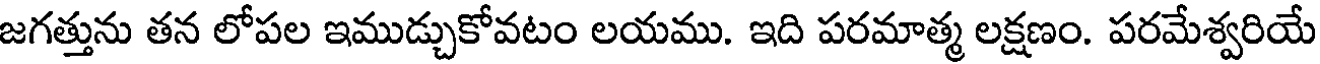
జగత్తును తన లోపల ఇముడ్చుకోవటం లయము. ఇది పరమాత్మ లక్షణం. పరమేశ్వరియే